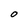
Character: O